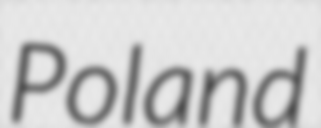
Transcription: Poland